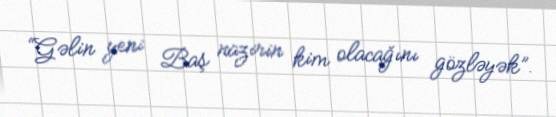
“Gəlin yeni Baş nazirin kim olacağını gözləyək”.